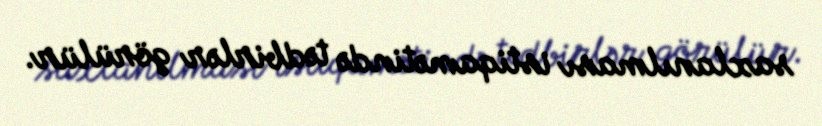
saxlanılması istiqamətində tədbirlər görülür.